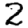
Digit: 2